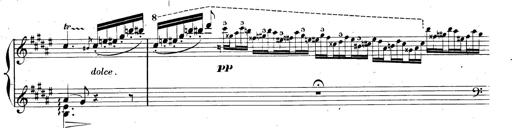
Title: AnnÃ©es de pÃ¨lerinage II, SupplÃ©ment
Composer: Franz Liszt